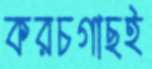
করচগাছই